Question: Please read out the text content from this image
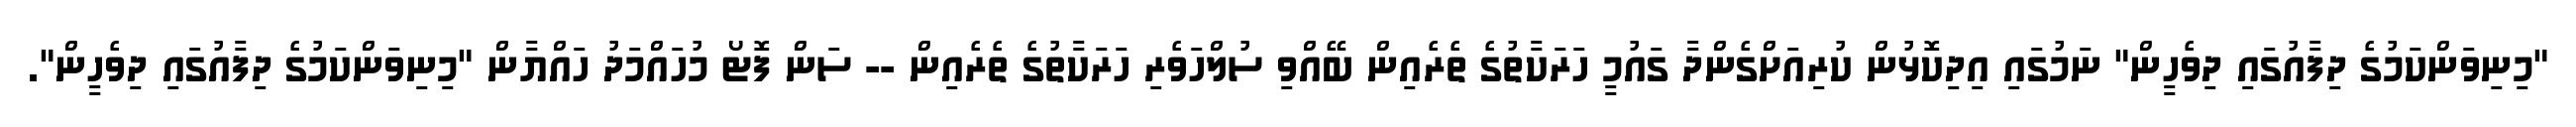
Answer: "މިނިވަންކަމުގެ ދިފާއުގައި ދިވެހީން" ނަމުގައި އިދިކޮޅުން ކުރިއަށްގެންދާ ގައުމީ ހަރަކާތުގެ ތެރެއިން ބޭއްވި ސުލްހަވެރި ހަރަކާތުގެ ތެރެއިން -- ސަން ފޮޓޯ މުހައްމަދު ހައްޔާން "މިނިވަންކަމުގެ ދިފާއުގައި ދިވެހީން".